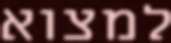
למצוא